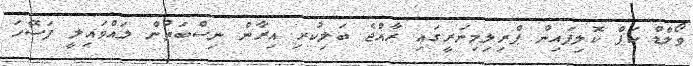
ވޯލްޑް ކަޕް ކޮލިފައިން ޕްރިލިމިނަރީގައި ރާއްޖެ ބަލިކުރި އިރާން ނިސްބަތުން ލައްވައިލީ ފަސޭހަ